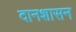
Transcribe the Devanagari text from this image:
दानशासन